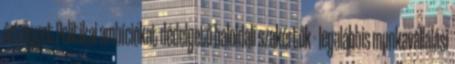
ért egyet.Politikai ambíciókat dédelgető baloldali szakértők - legalábbis munkavállalási